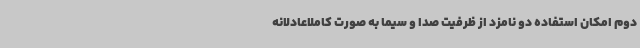
دوم امکان استفاده دو نامزد از ظرفیت صدا و سیما به صورت کاملاعادلانه